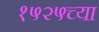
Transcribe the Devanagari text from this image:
१५२५च्या